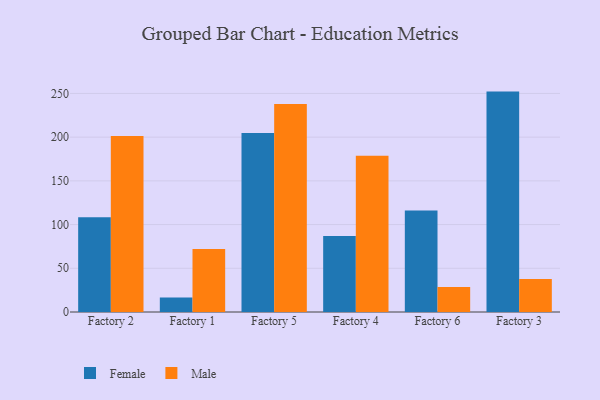
{"axis": {"x": "Factory", "y": "Headcount"}, "legend": ["Female", "Male"], "data": [{"x": "Factory 2", "y": 108.3, "type": "Female"}, {"x": "Factory 2", "y": 201.3, "type": "Male"}, {"x": "Factory 1", "y": 16.5, "type": "Female"}, {"x": "Factory 1", "y": 72.2, "type": "Male"}, {"x": "Factory 5", "y": 204.8, "type": "Female"}, {"x": "Factory 5", "y": 237.9, "type": "Male"}, {"x": "Factory 4", "y": 87.0, "type": "Female"}, {"x": "Factory 4", "y": 178.6, "type": "Male"}, {"x": "Factory 6", "y": 116.2, "type": "Female"}, {"x": "Factory 6", "y": 28.6, "type": "Male"}, {"x": "Factory 3", "y": 252.1, "type": "Female"}, {"x": "Factory 3", "y": 37.8, "type": "Male"}]}